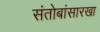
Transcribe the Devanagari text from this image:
संतोबांसारखा